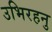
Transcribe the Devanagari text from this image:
उभिरहनु